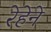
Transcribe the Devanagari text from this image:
रेहेने